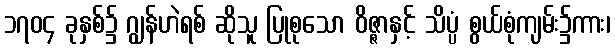
၁၇၀၄ ခုနှစ်၌ ဂျွန်ဟဲရစ် ဆိုသူ ပြုစုသော ဝိဇ္ဇာနှင့် သိပ္ပံ စွယ်စုံကျမ်း၌ကား၊